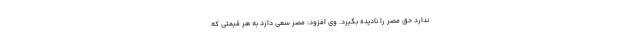
ندارد حق مصر را نادیده بگیرد. وی افزود: مصر سعی دارد به هر قیمتی که